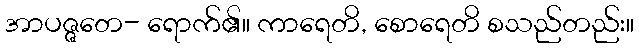
အာပဇ္ဇတေ- ရောက်၏။ ကာရေတိ, စောရေတိ စသည်တည်း။